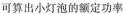
可算出小灯泡的额定功率